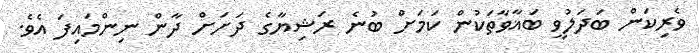
ވެރިކަން ބަދަލުވީ ބަޣާވާތަކުން ކަމަށް ބުނެ ރަޝިޔާގެ ދަށަށް ދާން ނިންމައިފަ އެވެ.